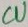
Text: CU